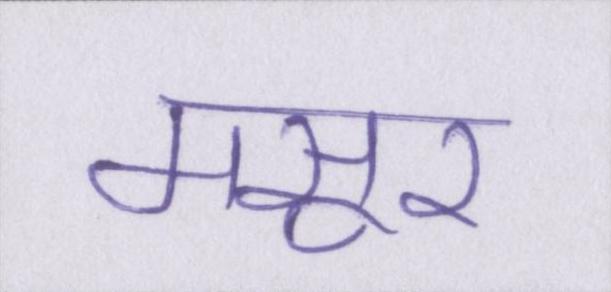
मसूर